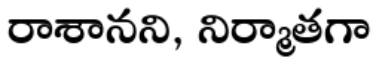
రాశానని, నిర్మాతగా